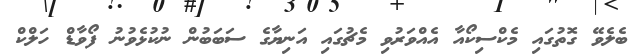
ބެލެވޭ ގޮތުގައި މެކްސިކޯއާ އެއްވަރުވި މެޗުގައި އަނިޔާގެ ސަބަބުން ނުކުޅެވުނު ފޯވާޑް ހަލްކް